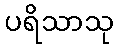
ပရိသာသု